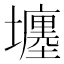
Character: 㙻